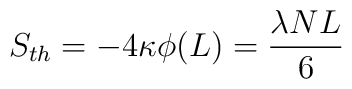
S_{th}=-4\kappa\phi (L)={\lambda N L\over 6}